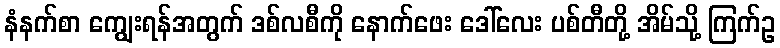
နံနက်စာ ကျွေးရန်အတွက် ဒစ်လစီကို နောက်ဖေး ဒေါ်လေး ပစ်တီတို့ အိမ်သို့ ကြက်ဥ